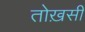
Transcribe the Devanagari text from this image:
तोख़सी